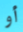
أو